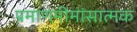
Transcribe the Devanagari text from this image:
प्रमाणमीमांसात्मक